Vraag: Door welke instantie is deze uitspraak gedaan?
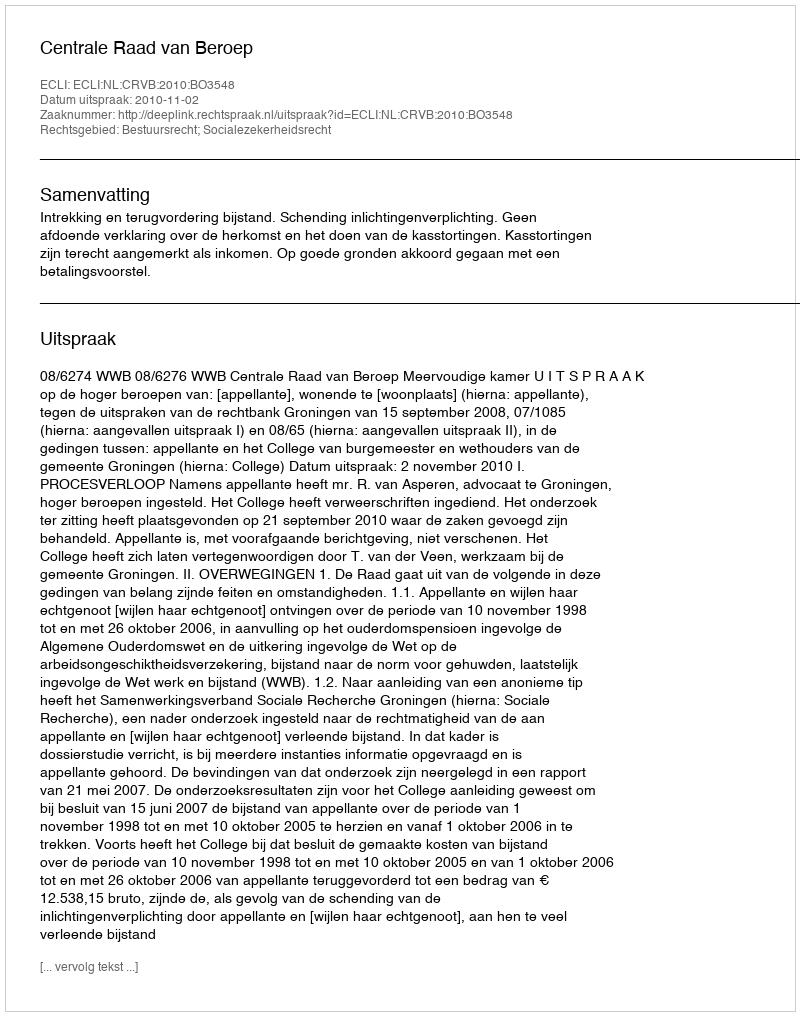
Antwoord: Centrale Raad van Beroep